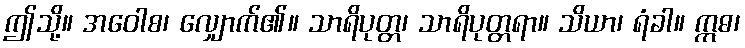
ဤသို့။ အဝေါစ၊ လျှောက်၏။ သာရိပုတ္တ၊ သာရိပုတ္တရာ။ သိယာ၊ ရံခါ။ ဣဓ၊